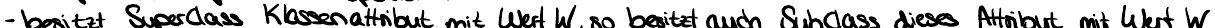
- besitzt SuperClass Klassenattribut mit Wert W, so besitzt auch SubClass dieses Attribut mit Wert W